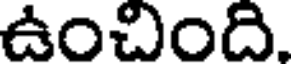
ఉంచింది.